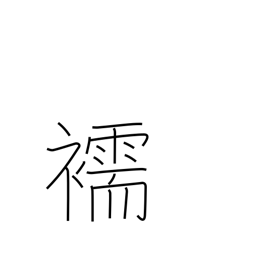
Meaning: underwear